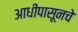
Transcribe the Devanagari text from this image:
आधीपासूनचे